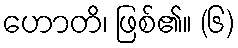
ဟောတိ၊ ဖြစ်၏။ (၆)